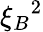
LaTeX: {\xi_{B}}^{2}